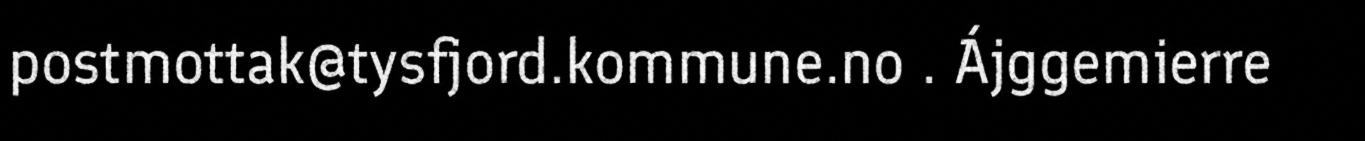
postmottak@tysfjord.kommune.no . Ájggemierre